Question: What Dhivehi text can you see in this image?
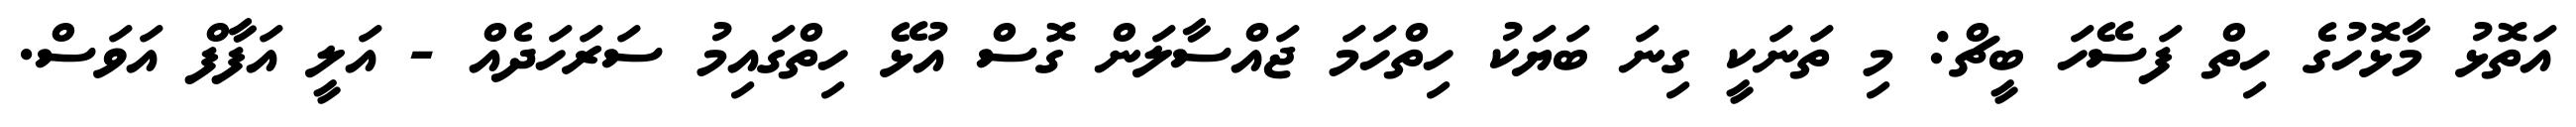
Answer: އަތޮޅު މާޅޮހުގެ ހިތް ފަސޭހަ ބީޗް: މި ތަނަކީ ގިނަ ބަޔަކު ހިތްހަމަ ޖައްސާލަން ގޮސް އުޅޭ ހިތްގައިމު ސަރަހަދެއް - އަލީ އަފާފް އަވަސް.